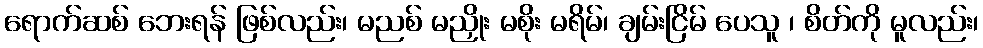
ရောက်ဆစ် ဘေးရန် ဖြစ်လည်း၊ မညစ် မညှိုး မစိုး မရိမ်၊ ချမ်းငြိမ် ပေသူ ၊ စိတ်ကို မူလည်း၊